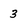
Character: 3